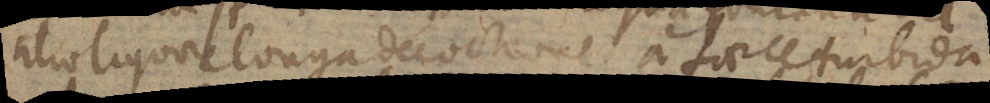
alio liquore longa decoctione a faece turbida